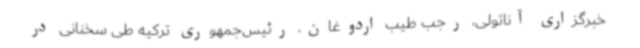
خبرگزاری آناتولی، رجب طیب اردوغان، رئیس‌جمهوری ترکیه طی سخنانی در